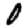
Digit: 0